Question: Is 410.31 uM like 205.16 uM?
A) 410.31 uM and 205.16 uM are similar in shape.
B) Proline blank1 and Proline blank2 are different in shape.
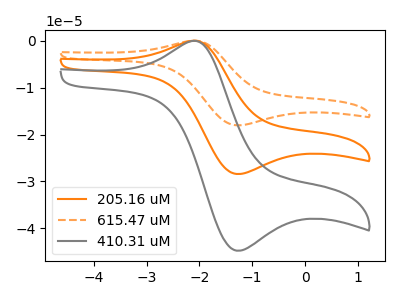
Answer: <think>The orange curve "205.16 uM" has an anodic peak at (-2.15V, -0.10uA) and a cathodic peak at (-1.30V, -28.40uA). The orange dashed curve "615.47 uM" has an anodic peak at (-2.15V, -0.15uA) and a cathodic peak at (-1.30V, -56.80uA). The gray curve "410.31 uM" has an anodic peak at (-2.15V, -0.15uA) and a cathodic peak at (-1.30V, -44.75uA).
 All the peaks in "410.31 uM" have a peak in "205.16 uM" at the same potential.</think>
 <answer>A) "410.31 uM" and "205.16 uM" are similar in shape.</answer>
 <eval>A</eval>